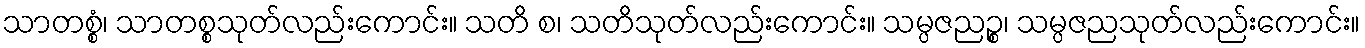
သာတစ္စံ၊ သာတစ္စသုတ်လည်းကောင်း။ သတိ စ၊ သတိသုတ်လည်းကောင်း။ သမ္ပဇညဉ္စ၊ သမ္ပဇညသုတ်လည်းကောင်း။